65_HS1-834228961_62-HQ-83894_Section_10
Agency: FBI
Page 19
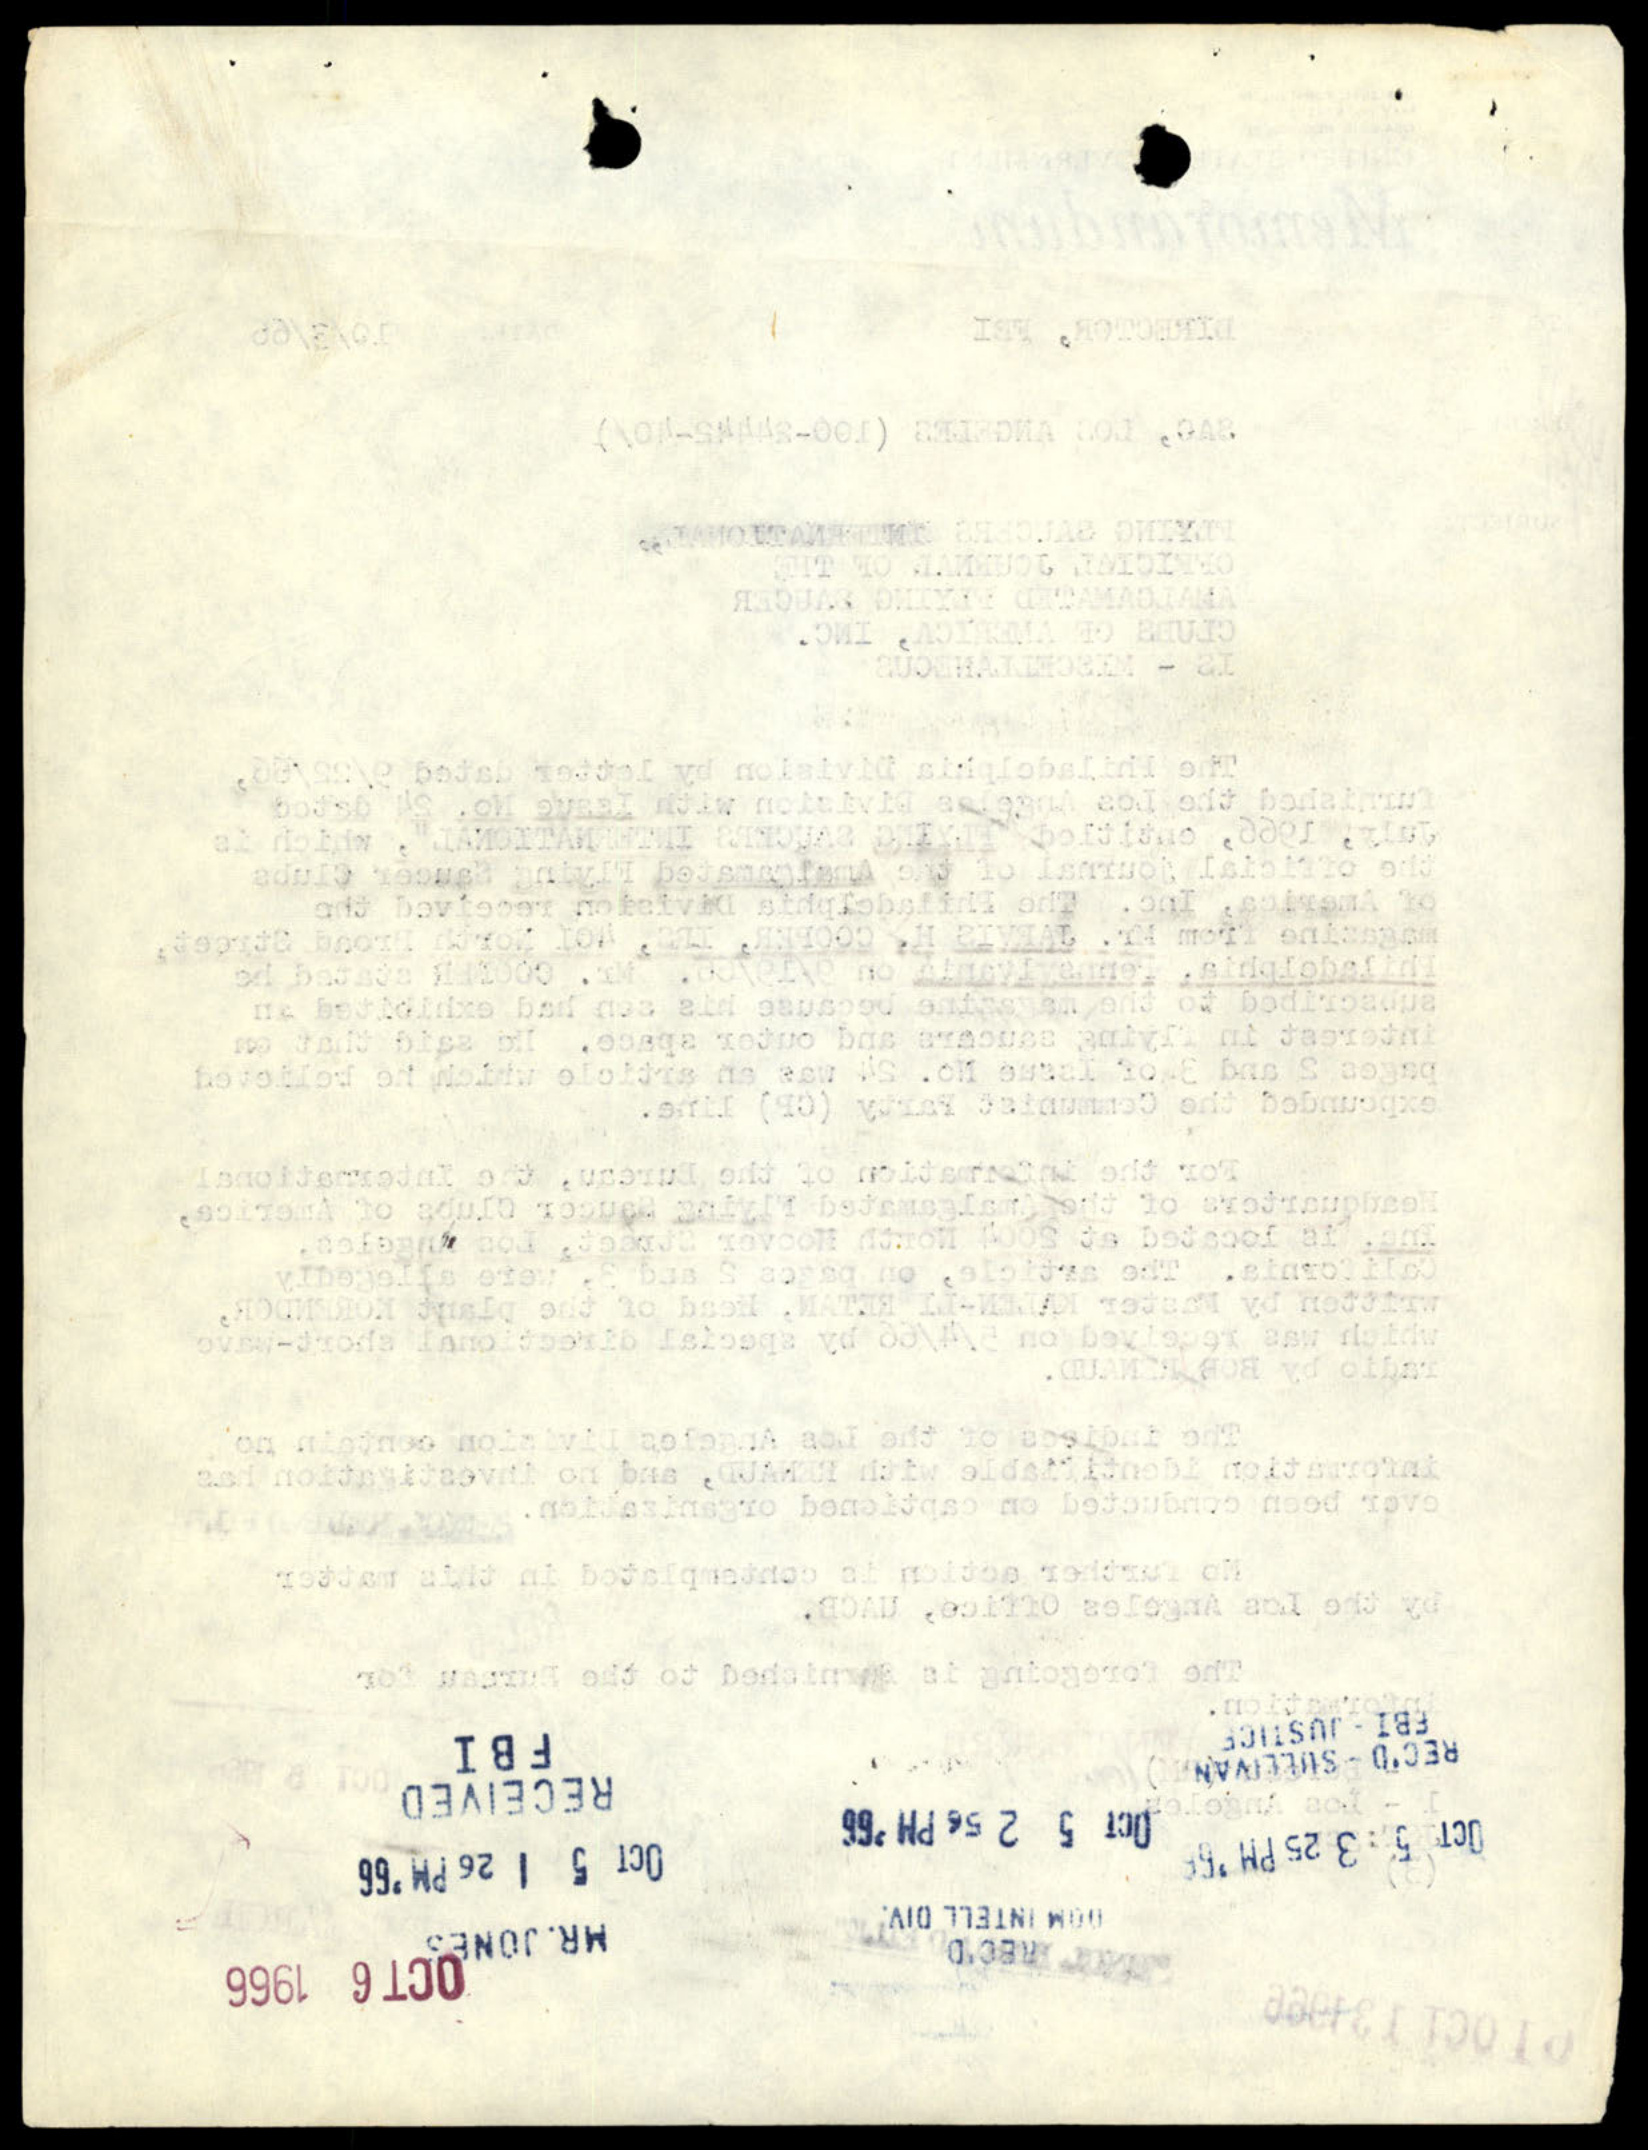